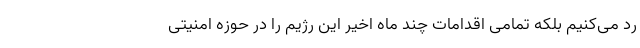
رد می‌کنیم بلکه تمامی اقدامات چند ماه اخیر این رژیم را در حوزه امنیتی